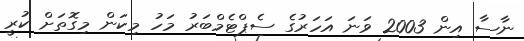
ނާސާ އިން 2003 ވަނަ އަހަރުގެ ސެޕްޓެމްބަރު މަހު މިކަން މިގޮތަށް ކުރީ